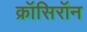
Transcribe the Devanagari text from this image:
क्रॉसिरॉन